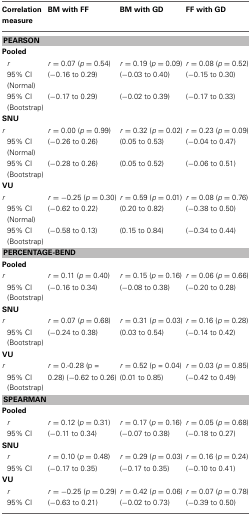
<table><thead><tr><td><b>Correlation measure</b></td><td><b>BM with FF</b></td><td><b>BM with GD</b></td><td><b>FF with GD</b></td></tr></thead><tbody><tr><td colspan="4"><b>PEARSON</b></td></tr><tr><td colspan="4"><b>Pooled</b></td></tr><tr><td><i>r</i></td><td><i>r</i> = 0.07 (<i>p</i> = 0.54)</td><td><i>r</i> = 0.19 (<i>p</i> = 0.09)</td><td><i>r</i> = 0.08 (<i>p</i> = 0.52)</td></tr><tr><td>95% CI</td><td>(−0.16 to 0.29)</td><td>(−0.03 to 0.40)</td><td>(−0.15 to 0.30)</td></tr><tr><td>(Normal)</td><td></td><td></td><td></td></tr><tr><td>95% CI</td><td>(−0.17 to 0.29)</td><td>(−0.02 to 0.39)</td><td>(−0.17 to 0.33)</td></tr><tr><td>(Bootstrap)</td><td></td><td></td><td></td></tr><tr><td colspan="4"><b>SNU</b></td></tr><tr><td><i>r</i></td><td><i>r</i> = 0.00 (<i>p</i> = 0.99)</td><td><i>r</i> = 0.32 (<i>p</i> = 0.02)</td><td><i>r</i> = 0.23 (<i>p</i> = 0.09)</td></tr><tr><td>95% CI</td><td>(−0.26 to 0.26)</td><td>(0.05 to 0.53)</td><td>(−0.04 to 0.47)</td></tr><tr><td>(Normal)</td><td></td><td></td><td></td></tr><tr><td>95% CI</td><td>(−0.28 to 0.26)</td><td>(0.05 to 0.52)</td><td>(−0.06 to 0.51)</td></tr><tr><td>(Bootstrap)</td><td></td><td></td><td></td></tr><tr><td colspan="4"><b>VU</b></td></tr><tr><td><i>r</i></td><td><i>r</i> = −0.25 (<i>p</i> = 0.30)</td><td><i>r</i> = 0.59 (<i>p</i> = 0.01)</td><td><i>r</i> = 0.08 (<i>p</i> = 0.76)</td></tr><tr><td>95% CI</td><td>(−0.62 to 0.22)</td><td>(0.20 to 0.82)</td><td>(−0.38 to 0.50)</td></tr><tr><td>(Normal)</td><td></td><td></td><td></td></tr><tr><td>95% CI</td><td>(−0.58 to 0.13)</td><td>(0.15 to 0.84)</td><td>(−0.34 to 0.44)</td></tr><tr><td>(Bootstrap)</td><td></td><td></td><td></td></tr><tr><td colspan="4"><b>PERCENTAGE-BEND</b></td></tr><tr><td colspan="4"><b>Pooled</b></td></tr><tr><td><i>r</i></td><td><i>r</i> = 0.11 (<i>p</i> = 0.40)</td><td><i>r</i> = 0.15 (<i>p</i> = 0.16)</td><td><i>r</i> = 0.06 (<i>p</i> = 0.66)</td></tr><tr><td>95% CI</td><td>(−0.16 to 0.34)</td><td>(−0.08 to 0.38)</td><td>(−0.20 to 0.28)</td></tr><tr><td>(Bootstrap)</td><td></td><td></td><td></td></tr><tr><td><b>SNU</b></td><td></td><td></td><td></td></tr><tr><td><i>r</i></td><td><i>r</i> = 0.07 (<i>p</i> = 0.68)</td><td><i>r</i> = 0.31 (<i>p</i> = 0.03)</td><td><i>r</i> = 0.16 (<i>p</i> = 0.28)</td></tr><tr><td>95% CI</td><td>(−0.24 to 0.38)</td><td>(0.03 to 0.54)</td><td>(−0.14 to 0.42)</td></tr><tr><td>(Bootstrap)</td><td></td><td></td><td></td></tr><tr><td><b>VU</b></td><td></td><td></td><td></td></tr><tr><td><i>r</i></td><td><i>r</i> = 0.-0.28 (p =</td><td><i>r</i> = 0.52 (p = 0.04)</td><td><i>r</i> = 0.03 (<i>p</i> = 0.85)</td></tr><tr><td>95% CI</td><td>0.28) (−0.62 to 0.26)</td><td>(0.01 to 0.85)</td><td>(−0.42 to 0.49)</td></tr><tr><td>(Bootstrap)</td><td></td><td></td><td></td></tr><tr><td colspan="4"><b>SPEARMAN</b></td></tr><tr><td><b>Pooled</b></td><td></td><td></td><td></td></tr><tr><td><i>r</i></td><td><i>r</i> = 0.12 (<i>p</i> = 0.31)</td><td><i>r</i> = 0.17 (<i>p</i> = 0.16)</td><td><i>r</i> = 0.05 (<i>p</i> = 0.68)</td></tr><tr><td>95% CI</td><td>(−0.11 to 0.34)</td><td>(−0.07 to 0.38)</td><td>(−0.18 to 0.27)</td></tr><tr><td><b>SNU</b></td><td></td><td></td><td></td></tr><tr><td><i>r</i></td><td><i>r</i> = 0.10 (<i>p</i> = 0.48)</td><td><i>r</i> = 0.29 (<i>p</i> = 0.03)</td><td><i>r</i> = 0.16 (<i>p</i> = 0.24)</td></tr><tr><td>95% CI</td><td>(−0.17 to 0.35)</td><td>(−0.17 to 0.35)</td><td>(−0.10 to 0.41)</td></tr><tr><td><b>VU</b></td><td></td><td></td><td></td></tr><tr><td><i>r</i></td><td><i>r</i> = −0.25 (<i>p</i> = 0.29)</td><td><i>r</i> = 0.42 (<i>p</i> = 0.06)</td><td><i>r</i> = 0.07 (<i>p</i> = 0.78)</td></tr><tr><td>95% CI</td><td>(−0.63 to 0.21)</td><td>(−0.02 to 0.73)</td><td>(−0.39 to 0.50)</td></tr></tbody></table>